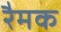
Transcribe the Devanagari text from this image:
रैमक